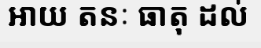
អាយ តនៈ ធាតុ ដល់